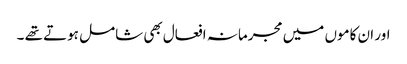
اور ان کاموں میں مجرمانہ افعال بھی شامل ہوتے تھے ۔